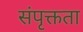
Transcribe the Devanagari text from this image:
संपृक्तता